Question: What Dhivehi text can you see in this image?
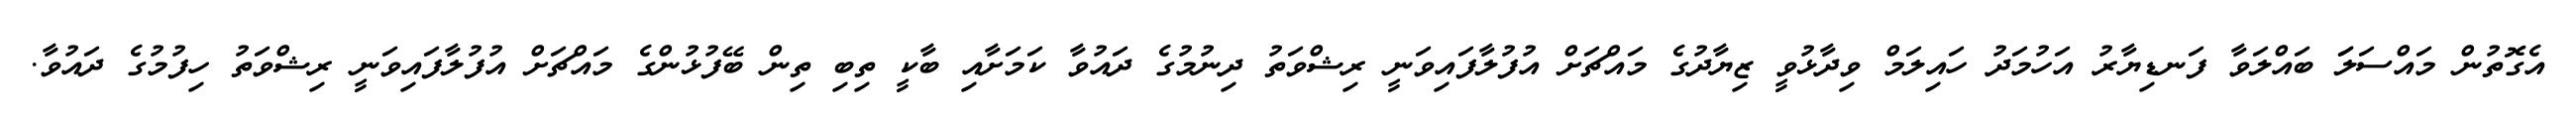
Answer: އެގޮތުން މައްސަލަަ ބައްލަވާ ފަނޑިޔާރު އަހުމަދު ހައިލަމް ވިދާޅުވީ ޒިޔާދުގެ މައްޗަށް އުފުލާފައިވަނީ ރިޝްވަތު ދިނުމުގެ ދައުވާ ކަމަށާއި ބާކީ ތިބި ތިން ބޭފުޅުންގެ މައްޗަށް އުފުލާފައިވަނީ ރިޝްވަތު ހިފުމުގެ ދައުވާ.